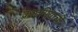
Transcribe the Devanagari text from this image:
क्राइमियाची